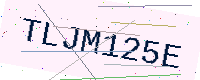
Text: TLJM125E